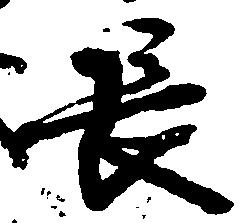
長